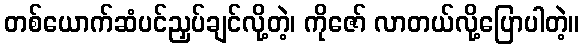
တစ်ယောက်ဆံပင်ညှပ်ချင်လို့တဲ့၊ ကိုဇော် လာတယ်လို့ပြောပါတဲ့။